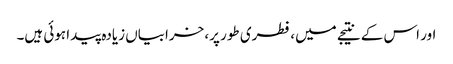
اور اس کے نتیجے میں، فطری طور پر، خرابیاں زیادہ پیدا ہوئی ہیں۔